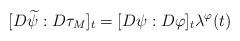
LaTeX: \begin{align*}[D\widetilde{\psi}:D\tau_M]_t = [D\psi:D\varphi]_t \lambda^{\varphi}(t)\end{align*}